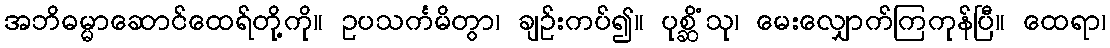
အဘိဓမ္မာဆောင်ထေရ်တို့ကို။ ဥပသင်္ကမိတွာ၊ ချဉ်းကပ်၍။ ပုစ္ဆိံသု၊ မေးလျှောက်ကြကုန်ပြီ။ ထေရာ၊